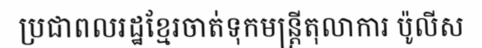
ប្រជាពលរដ្ឋខ្មែរចាត់ទុកមន្ត្រីតុលាការ ប៉ូលីស